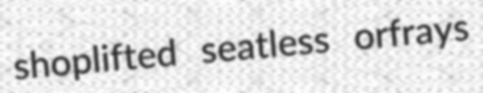
shoplifted seatless orfrays